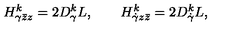
H _ { \gamma \bar { z } z } ^ { k } = 2 D _ { \gamma } ^ { k } L , \qquad H _ { \dot { \gamma } z \bar { z } } ^ { k } = 2 D _ { \dot { \gamma } } ^ { k } L ,